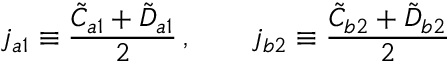
j _ { a 1 } \equiv \frac { \tilde { C } _ { a 1 } + \tilde { D } _ { a 1 } } { 2 } \, , \qquad j _ { b 2 } \equiv \frac { \tilde { C } _ { b 2 } + \tilde { D } _ { b 2 } } { 2 }